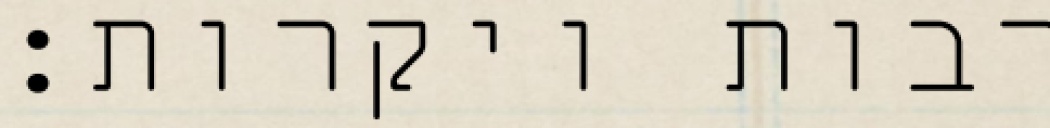
רבות ויקרות: